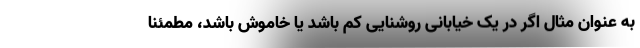
به عنوان مثال اگر در یک خیابانی روشنایی کم باشد یا خاموش باشد، مطمئنا